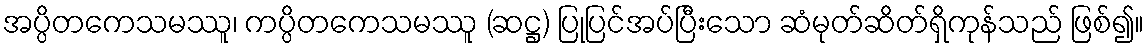
အပ္ပိတကေသမဿူ၊ ကပ္ပိတကေသမဿူ (ဆဋ္ဌ) ပြုပြင်အပ်ပြီးသော ဆံမုတ်ဆိတ်ရှိကုန်သည် ဖြစ်၍။